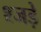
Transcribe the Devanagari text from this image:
श्जड़े